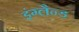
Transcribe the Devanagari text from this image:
इंग्लैन्ड